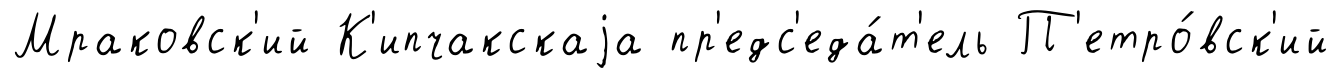
Мраковск'ий К'ипчакскаjа пр'едс'еда́т'ель П'етро́вск'ий